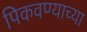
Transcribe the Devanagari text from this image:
पिकवण्याच्या